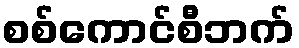
စစ်ကောင်စီဘက်